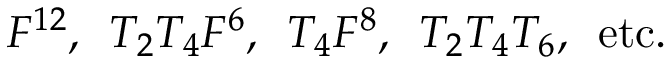
F ^ { 1 2 } , \, \, \, T _ { 2 } T _ { 4 } F ^ { 6 } , \, \, \, T _ { 4 } F ^ { 8 } , \, \, \, T _ { 2 } T _ { 4 } T _ { 6 } , \, \, \, \mathrm { e t c . }